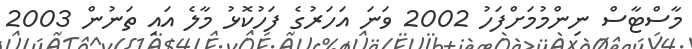
މާސްޓާސް ނިންމުމަށްފަހު 2002 ވަނަ އަހަރުގެ ފަހުކޮޅު މާލެ އައި ތަނުން 2003